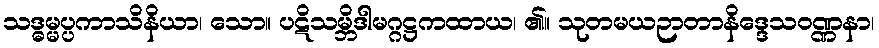
သဒ္ဓမ္မပ္ပကာသိနိယာ၊ သော။ ပဋိသမ္ဘိဒါမဂ္ဂဋ္ဌကထာယ၊ ၏။ သုတမယဉာတာနိဒ္ဒေသဝဏ္ဏနာ၊